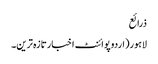
ذرائع
لاہور(اردوپوائنٹ اخبارتازہ ترین۔